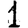
Digit: 1